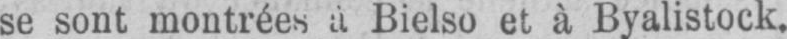
Bielso et à Byalistock.